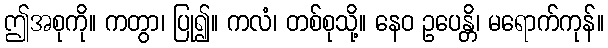
ဤအစုကို။ ကတွာ၊ ပြု၍။ ကလံ၊ တစ်စုသို့။ နေဝ ဥပေန္တိ၊ မရောက်ကုန်။